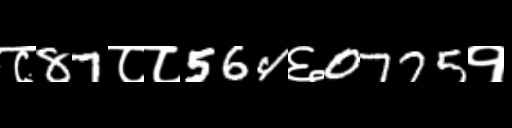
Text: ८87८८564६0775१